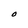
Character: O